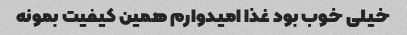
خیلی خوب بود غذا امیدوارم همین کیفیت بمونه